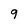
Character: 9